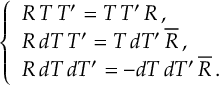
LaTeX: \left\{ \begin{array} { l } { { R \, T \, T ^ { \prime } = T \, T ^ { \prime } \, R \, , } } \\ { { R \, d T \, T ^ { \prime } = T \, d T ^ { \prime } \, \overline { { { R } } } \, , } } \\ { { R \, d T \, d T ^ { \prime } = - d T \, d T ^ { \prime } \, \overline { { { R } } } \, . } } \end{array} \right.